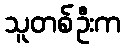
သူတစ်ဦးက